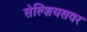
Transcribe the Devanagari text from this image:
सेल्शियसवर